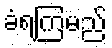
ခံရကြမည်